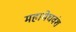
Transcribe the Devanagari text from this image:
महामेघवंश